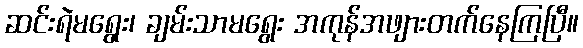
ဆင်းရဲမရွေး၊ ချမ်းသာမရွေး အကုန်အဖျားတက်နေကြပြီ။